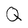
Character: Q